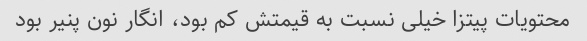
محتویات پیتزا خیلی نسبت به قیمتش کم بود، انگار نون پنیر بود